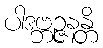
ပါဒဗ္ဘဉ္ဇနန္တိ